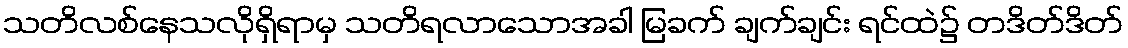
သတိလစ်နေသလိုရှိရာမှ သတိရလာသောအခါ မြခက် ချက်ချင်း ရင်ထဲ၌ တဒိတ်ဒိတ်